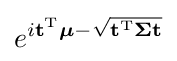
e^{i\mathbf {t} ^{\mathrm {T} }{\boldsymbol {\mu }}-{\sqrt {\mathbf {t} ^{\mathrm {T} }{\boldsymbol {\Sigma }}\mathbf {t} }}}